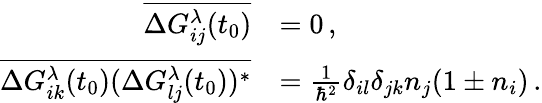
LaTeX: \begin{array}{rl}{\overline{{\Delta G_{ij}^{\lambda}(t_{0})}}}&{=0\, ,}\\ {\overline{{\Delta G_{ik}^{\lambda}(t_{0})(\Delta G_{lj}^{\lambda}(t_{0}))^{*}}}}&{=\frac{1}{\hbar^{2}}\delta_{il}\delta_{jk}n_{j}(1\pm n_{i})\, .}\end{array}